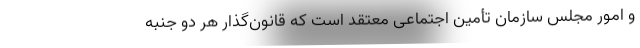
و امور مجلس سازمان تأمین اجتماعی معتقد است که قانون‌گذار هر دو جنبه